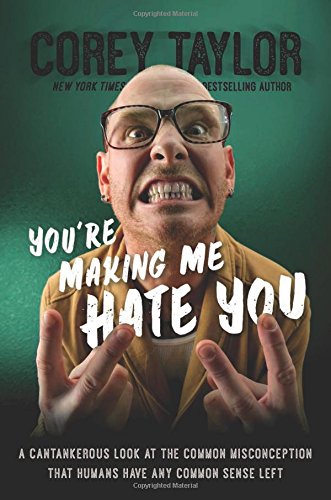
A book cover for You're Making Me Hate You: A Cantankerous Look at the Common Misconception That Humans Have Any Common Sense Left; Corey Taylor; Humor & Entertainment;